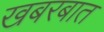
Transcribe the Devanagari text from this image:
खबरबात